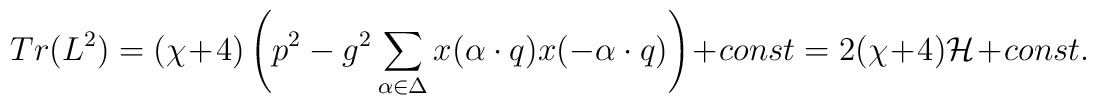
Tr(L^2)=(\chi+4)\left(p^2-g^2\sum_{\alpha\in\Delta}	x(\alpha\cdot q)x(-\alpha\cdot q)\right)	+const=2(\chi+4){\cal H}+const.